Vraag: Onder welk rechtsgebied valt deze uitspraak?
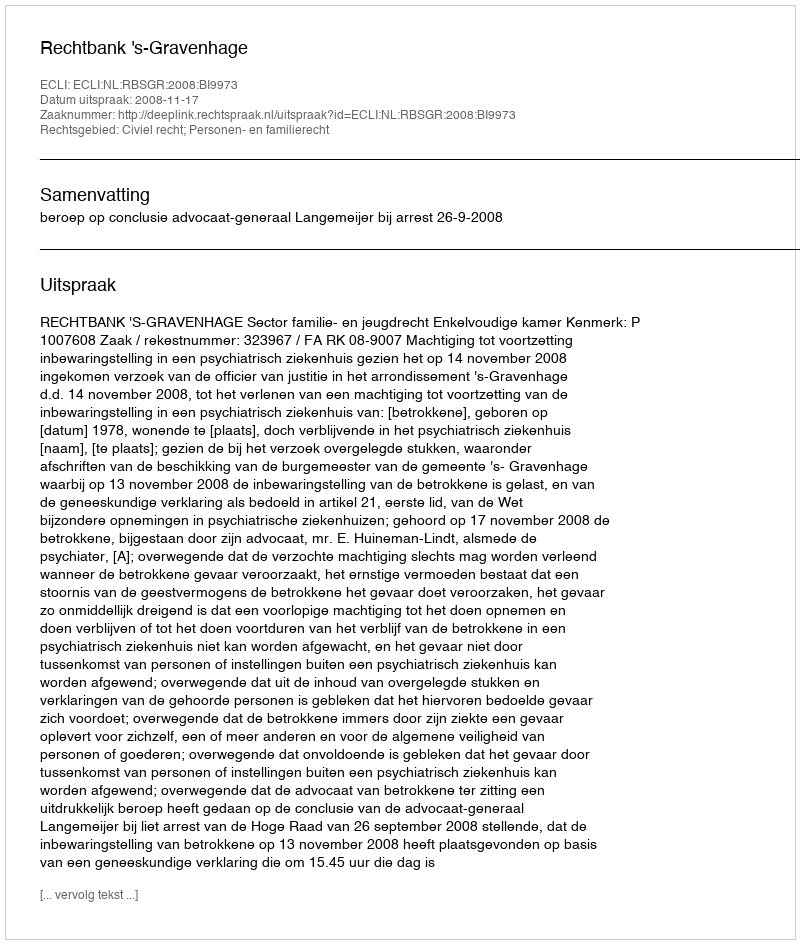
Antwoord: Civiel recht; Personen- en familierecht